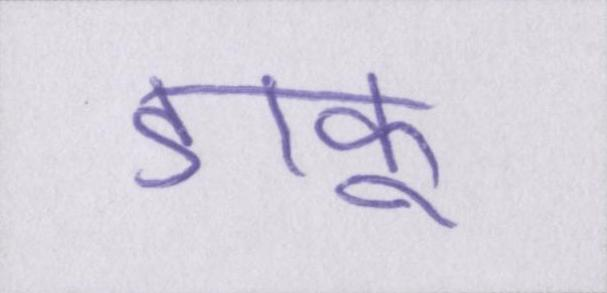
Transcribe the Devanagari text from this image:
डाकू